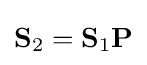
{\textstyle \mathbf {S} _{2}=\mathbf {S} _{1}\mathbf {P} }